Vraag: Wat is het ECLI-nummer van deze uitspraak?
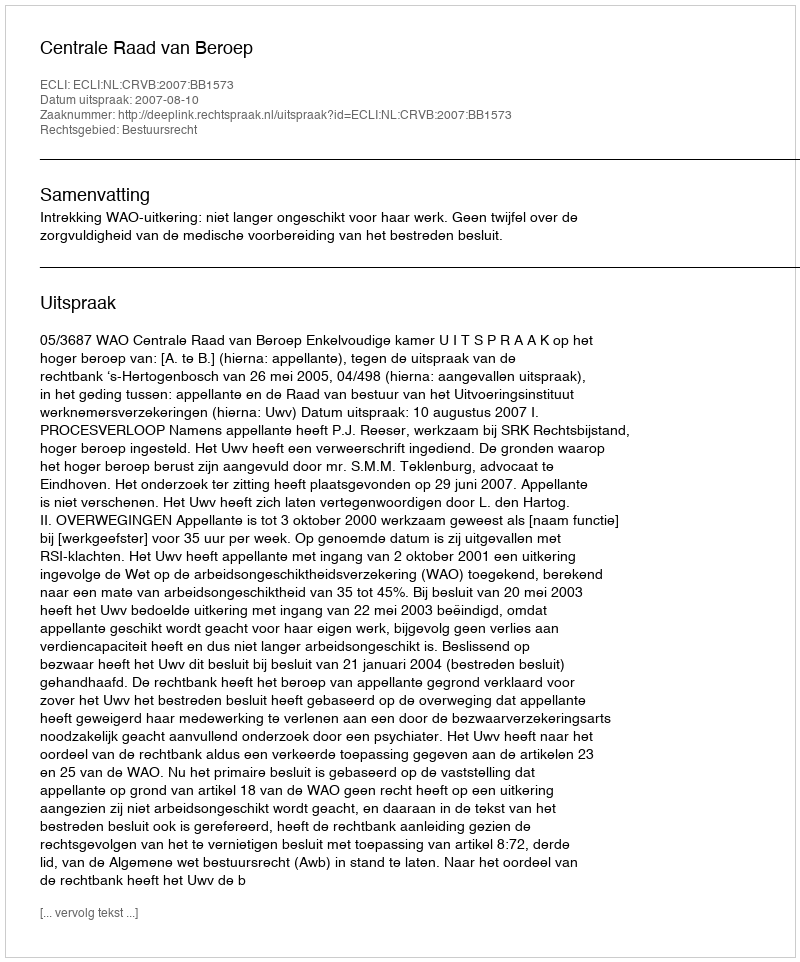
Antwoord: ECLI:NL:CRVB:2007:BB1573